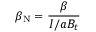
\beta _ { \mathrm { N } } = \frac { \beta } { I / a B _ { t } }